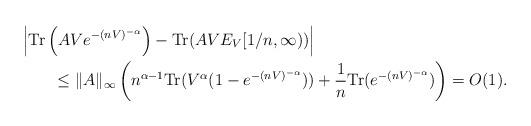
LaTeX: \begin{align*}&\left|{\rm Tr}\left(AVe^{-(nV)^{-\alpha}}\right)-{\rm Tr}(AVE_V[1/n,\infty))\right|\\&\qquad\leq\|A\|_{\infty}\left(n^{\alpha-1}{\rm Tr}(V^{\alpha}(1-e^{-(nV)^{-\alpha}}))+\frac1n{\rm Tr}(e^{-(nV)^{-\alpha}})\right)=O(1).\end{align*}